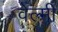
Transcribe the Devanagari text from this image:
वेल्मी